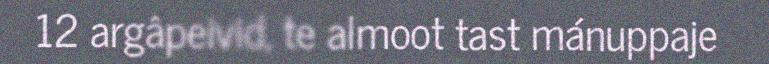
12 argâpeivid, te almoot tast mánuppaje